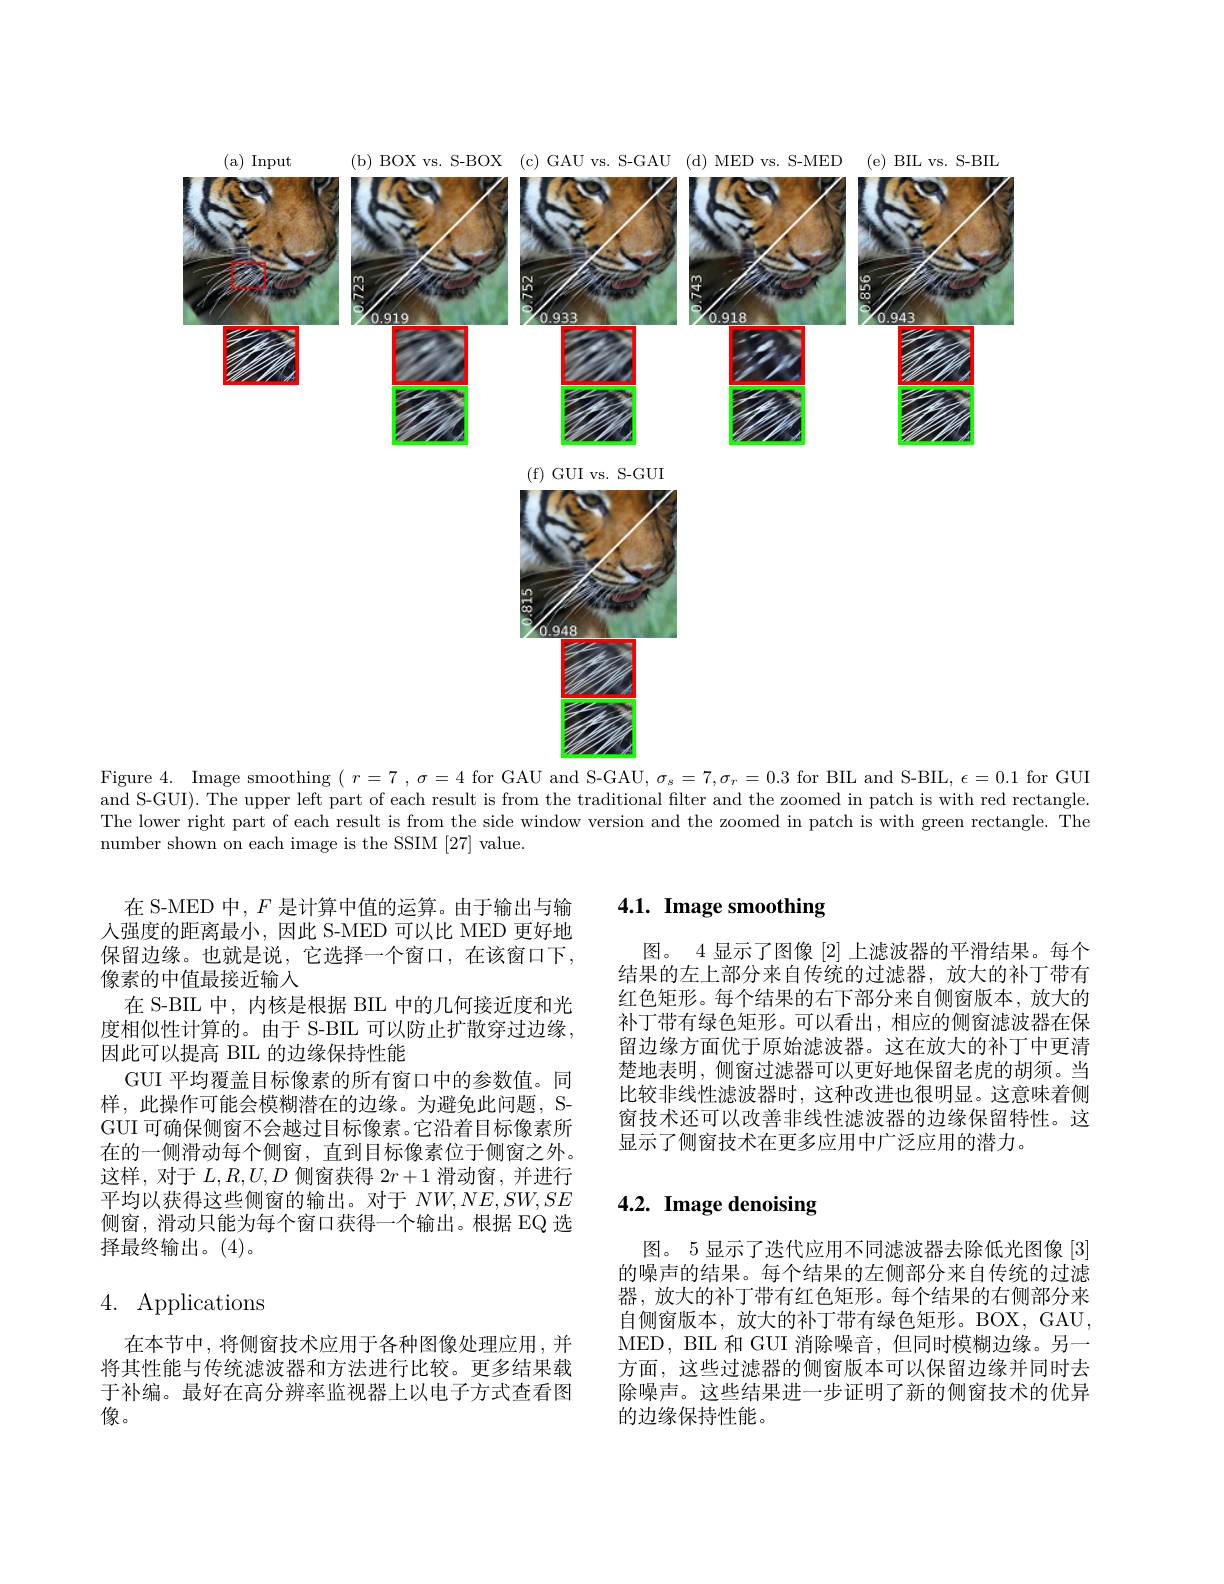
(a) Inputi
( b) BOX vs. S- BOX ( c) GAU vs. S- GAU ( d) MED vs. S- MED
( e) BIL vs. S- BIL
<FigureHere>

( f) GUI vs. S- GUI

$\frac{4}{2}$

0.948

Figure 4. Image smoothing $(\begin{array}{c}r=7\end{array},\sigma=4$ for GAU and S-GAU, $\sigma_s=7,\sigma_r=0.3$ for BIL and S-BII, $\epsilon=0.1$ for GUI and S-GUI). The upper left part of each result is from the traditional filter and the zoomed in patch is with red rectangle. The lower right part of each result is from the side window version and the zoomed in patch is with green rectangle. The number shown on each image is the SSIM [27] value.

# 4.1. Image smoothing

图。4 显示了图像[2]上滤波器的平滑结果。每个结果的左上部分来自传统的过滤器，放大的补丁带有红色矩形。每个结果的右下部分来自侧窗版本，放大的补丁带有绿色矩形。可以看出，相应的侧窗滤波器在保留边缘方面优于原始滤波器。这在放大的补丁中更清楚地表明，侧窗过滤器可以更好地保留老虎的胡须。当比较非线性滤波器时，这种改进也很明显。这意味着侧窗技术还可以改善非线性滤波器的边缘保留特性。这显示了侧窗技术在更多应用中广泛应用的潜力。

在 S-MED 中，$F$是计算中值的运算。由于输出与输人强度的距离最小，因此 S-MED 可以比 MED 更好地保留边缘。也就是说，它选择一个窗口，在该窗口下， 像素的中值最接近输入
在 S-BIL 中，内核是根据 BIL 中的几何接近度和光度相似性计算的。由于 S-BIL 可以防止扩散穿过边缘， 因此可以提高 BIIL 的边缘保持性能
GUI 平均覆盖目标像素的所有窗口中的参数值。同样，此操作可能会模糊潜在的边缘。为避免此问题，SGUI 可确保侧窗不会越过目标像素。它沿着目标像素所在的一侧滑动每个侧窗，直到目标像素位于侧窗之外。这样，对于$L,R,U,D$侧窗获得$2r+1$滑动窗，并进行平均以获得这些侧窗的输出。对于$NW,NE,SW,SE$ 侧窗，滑动只能为每个窗口获得一个输出。根据 EQ 选择最终输出。(4)。

# 4.2. Image denoising

# 4. Applications

图。5 显示了迭代应用不同滤波器去除低光图像[3] 的噪声的结果。每个结果的左侧部分来自传统的过滤器，放大的补丁带有红色矩形。每个结果的右侧部分来自侧窗版本，放大的补丁带有绿色矩形。BOX,GAU, MED, BIL 和 GUI 消除噪音，但同时模糊边缘。另一方面，这些过滤器的侧窗版本可以保留边缘并同时去除噪声。这些结果进一步证明了新的侧窗技术的优异的边缘保持性能。

在本节中，将侧窗技术应用于各种图像处理应用，并将其性能与传统滤波器和方法进行比较。更多结果载于补编。最好在高分辨率监视器上以电子方式查看图像。